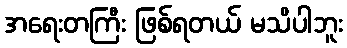
အရေးတကြီး ဖြစ်ရတယ် မသိပါဘူး